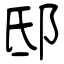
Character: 邸